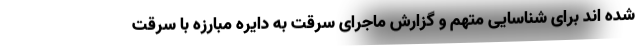
شده اند برای شناسایی متهم و گزارش ماجرای سرقت به دایره مبارزه با سرقت